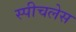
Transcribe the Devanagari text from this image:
स्‍पीचलेस